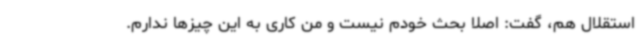
استقلال هم، گفت: اصلا بحث خودم نیست و من کاری به این چیزها ندارم.